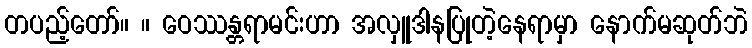
တပည့်တော်။ ။ ဝေဿန္တရာမင်းဟာ အလှူဒါနပြုတဲ့နေရာမှာ နောက်မဆုတ်ဘဲ